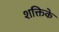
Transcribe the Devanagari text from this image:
शक्तिके